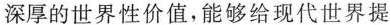
深厚的世界性价值,能够给现代世界提